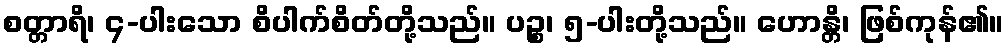
စတ္တာရိ၊ ၄-ပါးသော စိပါက်စိတ်တို့သည်။ ပဉ္စ၊ ၅-ပါးတို့သည်။ ဟောန္တိ၊ ဖြစ်ကုန်၏။